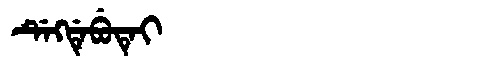
Manchu: ᡩᡝᡴᡩᡝᠪᡠᡨᡝᡳ
Romanization: DEKDEBUTEI